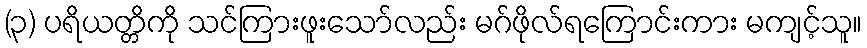
(၃) ပရိယတ္တိကို သင်ကြားဖူးသော်လည်း မဂ်ဖိုလ်ရကြောင်းကား မကျင့်သူ။